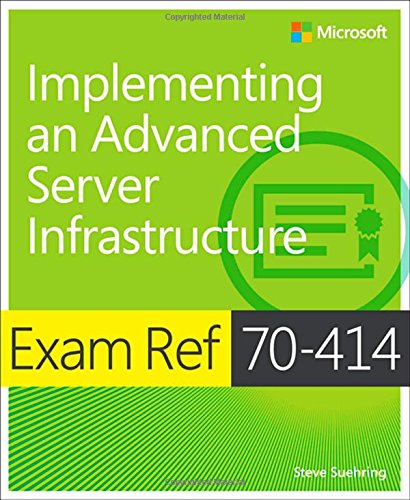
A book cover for Exam Ref 70-414 Implementing an Advanced Server Infrastructure (MCSE); Steve Suehring; Computers & Technology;